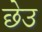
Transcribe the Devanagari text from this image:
छेउ